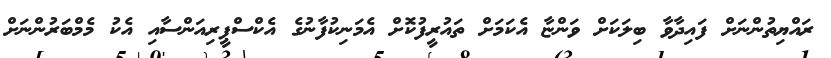
ރައްޔިތުންނަށް ފައިދާވާ ބިލަކަށް ވަންޏާ އެކަމަށް ތައުރީފުކޮށް އެމަނިކުފާނުގެ އެކްސްޕީރިއަންސާއި އެކު މެމްބަރުންނަށް